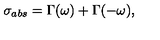
\sigma _ { a b s } = \Gamma ( \omega ) + \Gamma ( - \omega ) ,